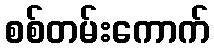
စစ်တမ်းကောက်